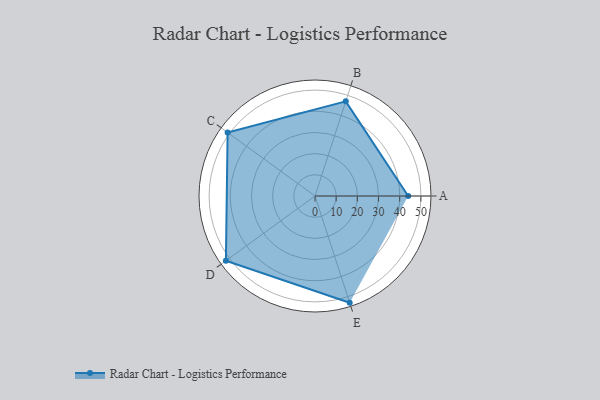
{"axis": {"x": "Skill", "y": "Score"}, "legend": ["Profile"], "data": [{"x": "A", "y": 44.0, "type": "Profile"}, {"x": "B", "y": 47.0, "type": "Profile"}, {"x": "C", "y": 51.0, "type": "Profile"}, {"x": "D", "y": 52.0, "type": "Profile"}, {"x": "E", "y": 53.0, "type": "Profile"}]}